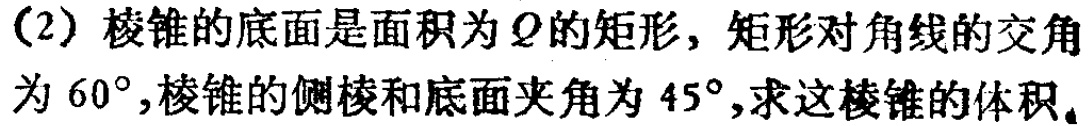
(2) 棱锥的底面是面积为\(Q\)的矩形，矩形对角线的交角为\(60^{\circ}\)，棱锥的侧棱和底面夹角为\(45^{\circ}\)，求这棱锥的体积。